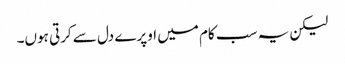
لیکن یہ سب کام میں اوپرے دل سے کرتی ہوں۔